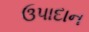
ઉપાદાન